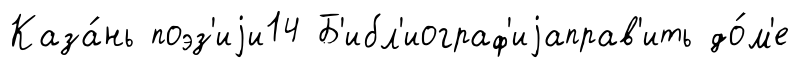
Каза́нь поэз'иjи14 Б'ибл'иограф'иjаправ'ить до́м'е